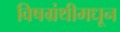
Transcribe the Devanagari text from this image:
विषग्रंथीमधून